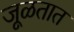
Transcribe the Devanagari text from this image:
जूळतात